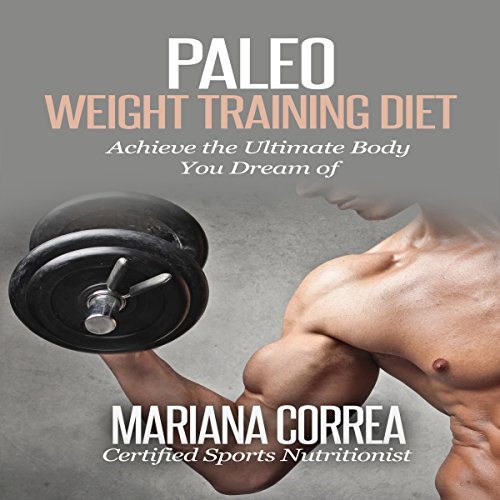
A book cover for Paleo Weight Training Diet: Achieve the Ultimate Body You Dream Of; Mariana Correa; Cookbooks, Food & Wine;